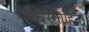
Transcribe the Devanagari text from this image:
रुधिरवाहिनी